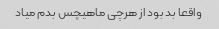
واقعا بد بود از هرچی ماهیچس بدم میاد